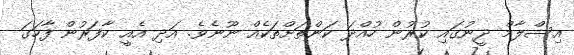
އިސްލާމް ދީނުގައި ކުރުން ހުއްދަ ކަންތަށްތަކެއް ނޫނެވެ. އަދި އެއީ ކާފަރުން ފާހަގަ